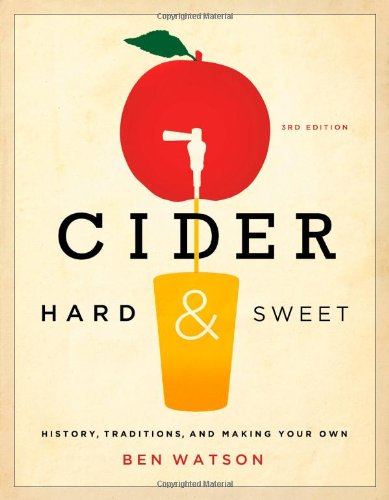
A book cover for Cider, Hard and Sweet: History, Traditions, and Making Your Own (Third Edition); Ben Watson; Cookbooks, Food & Wine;